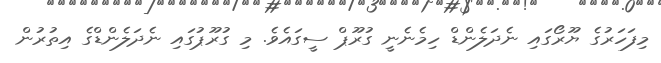
މިފަހަރުގެ ޔޫރޯގައި ނެދަލެންޑް ހިމެނެނީ ގުރޫޕް ސީގައެވެ. މި ގުރޫޕުގައި ނެދަލެންޑްގެ އިތުރުން